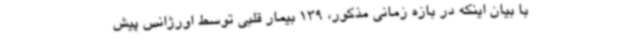
با بیان اینکه در بازه زمانی مذکور، 139 بیمار قلبی توسط اورژانس پیش